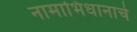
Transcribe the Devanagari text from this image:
नामाभिधानाचे